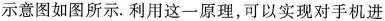
示意图如图所示. 利用这一原理，可以实现对手机进